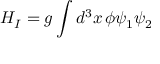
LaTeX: H _ { I } = g \int { d ^ { 3 } x \, \phi \psi _ { 1 } \psi _ { 2 } }